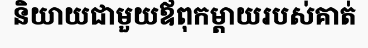
និយាយជាមួយឪពុកម្តាយរបស់គាត់